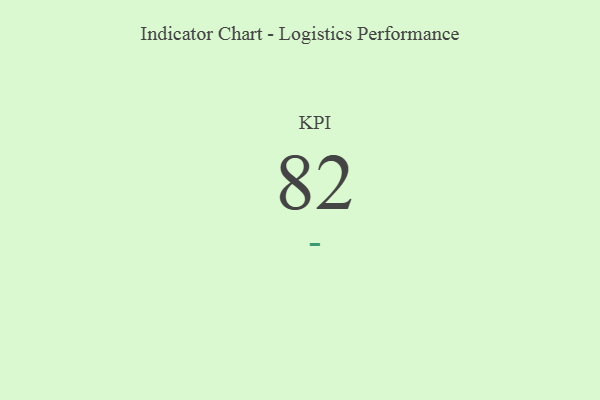
{"axis": {"x": "KPI", "y": "Value"}, "legend": [""], "data": [{"x": "KPI", "y": 82, "type": ""}]}